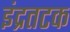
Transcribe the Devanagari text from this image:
इंद्रतटक